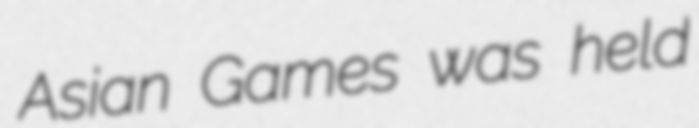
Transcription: Asian Games was held